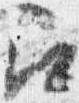
召